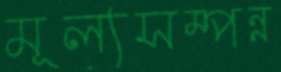
মূল্যসম্পন্ন